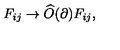
F _ { i j } \rightarrow \widehat { O } ( \partial ) F _ { i j } ,